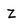
Character: Z